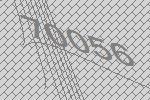
70056